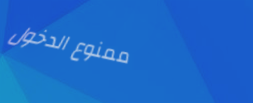
ممنوع الدخول